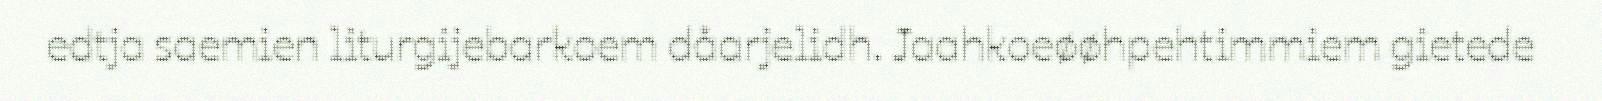
edtja saemien liturgijebarkoem dåarjelidh. Jaahkoeøøhpehtimmiem gietede